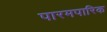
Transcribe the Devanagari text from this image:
पारमपारिक